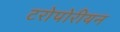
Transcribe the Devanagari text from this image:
टरोपोरीयन